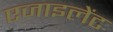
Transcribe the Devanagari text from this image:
एजाइलेंट